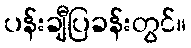
ပန်းချီပြခန်းတွင်။